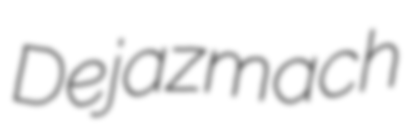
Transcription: Dejazmach